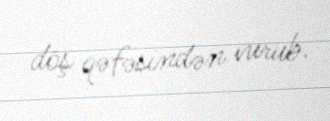
döş qəfəsindən vurub.